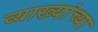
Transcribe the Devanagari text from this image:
व्याख्यांच्या